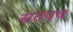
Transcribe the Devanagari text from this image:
सतपथ